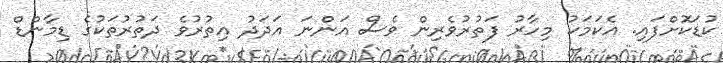
ކުޑަކޮށްފައި. އެކަމަކު މިހާރު ފަތުރުވެރިން ވެސް އަންނަ އަދަދު އިތުރުވެ ދަތުރުތަކުގެ ޑިމާންޑް